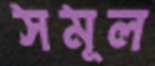
সমূল